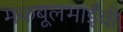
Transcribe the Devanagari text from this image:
मकबूलभाईंची